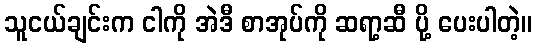
သူငယ်ချင်းက ငါကို အဲဒီ စာအုပ်ကို ဆရာ့ဆီ ပို့ ပေးပါတဲ့။